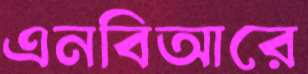
এনবিআরে